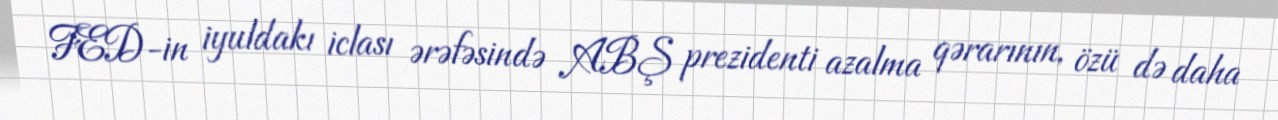
FED-in iyuldakı iclası ərəfəsində ABŞ prezidenti azalma qərarının, özü də daha